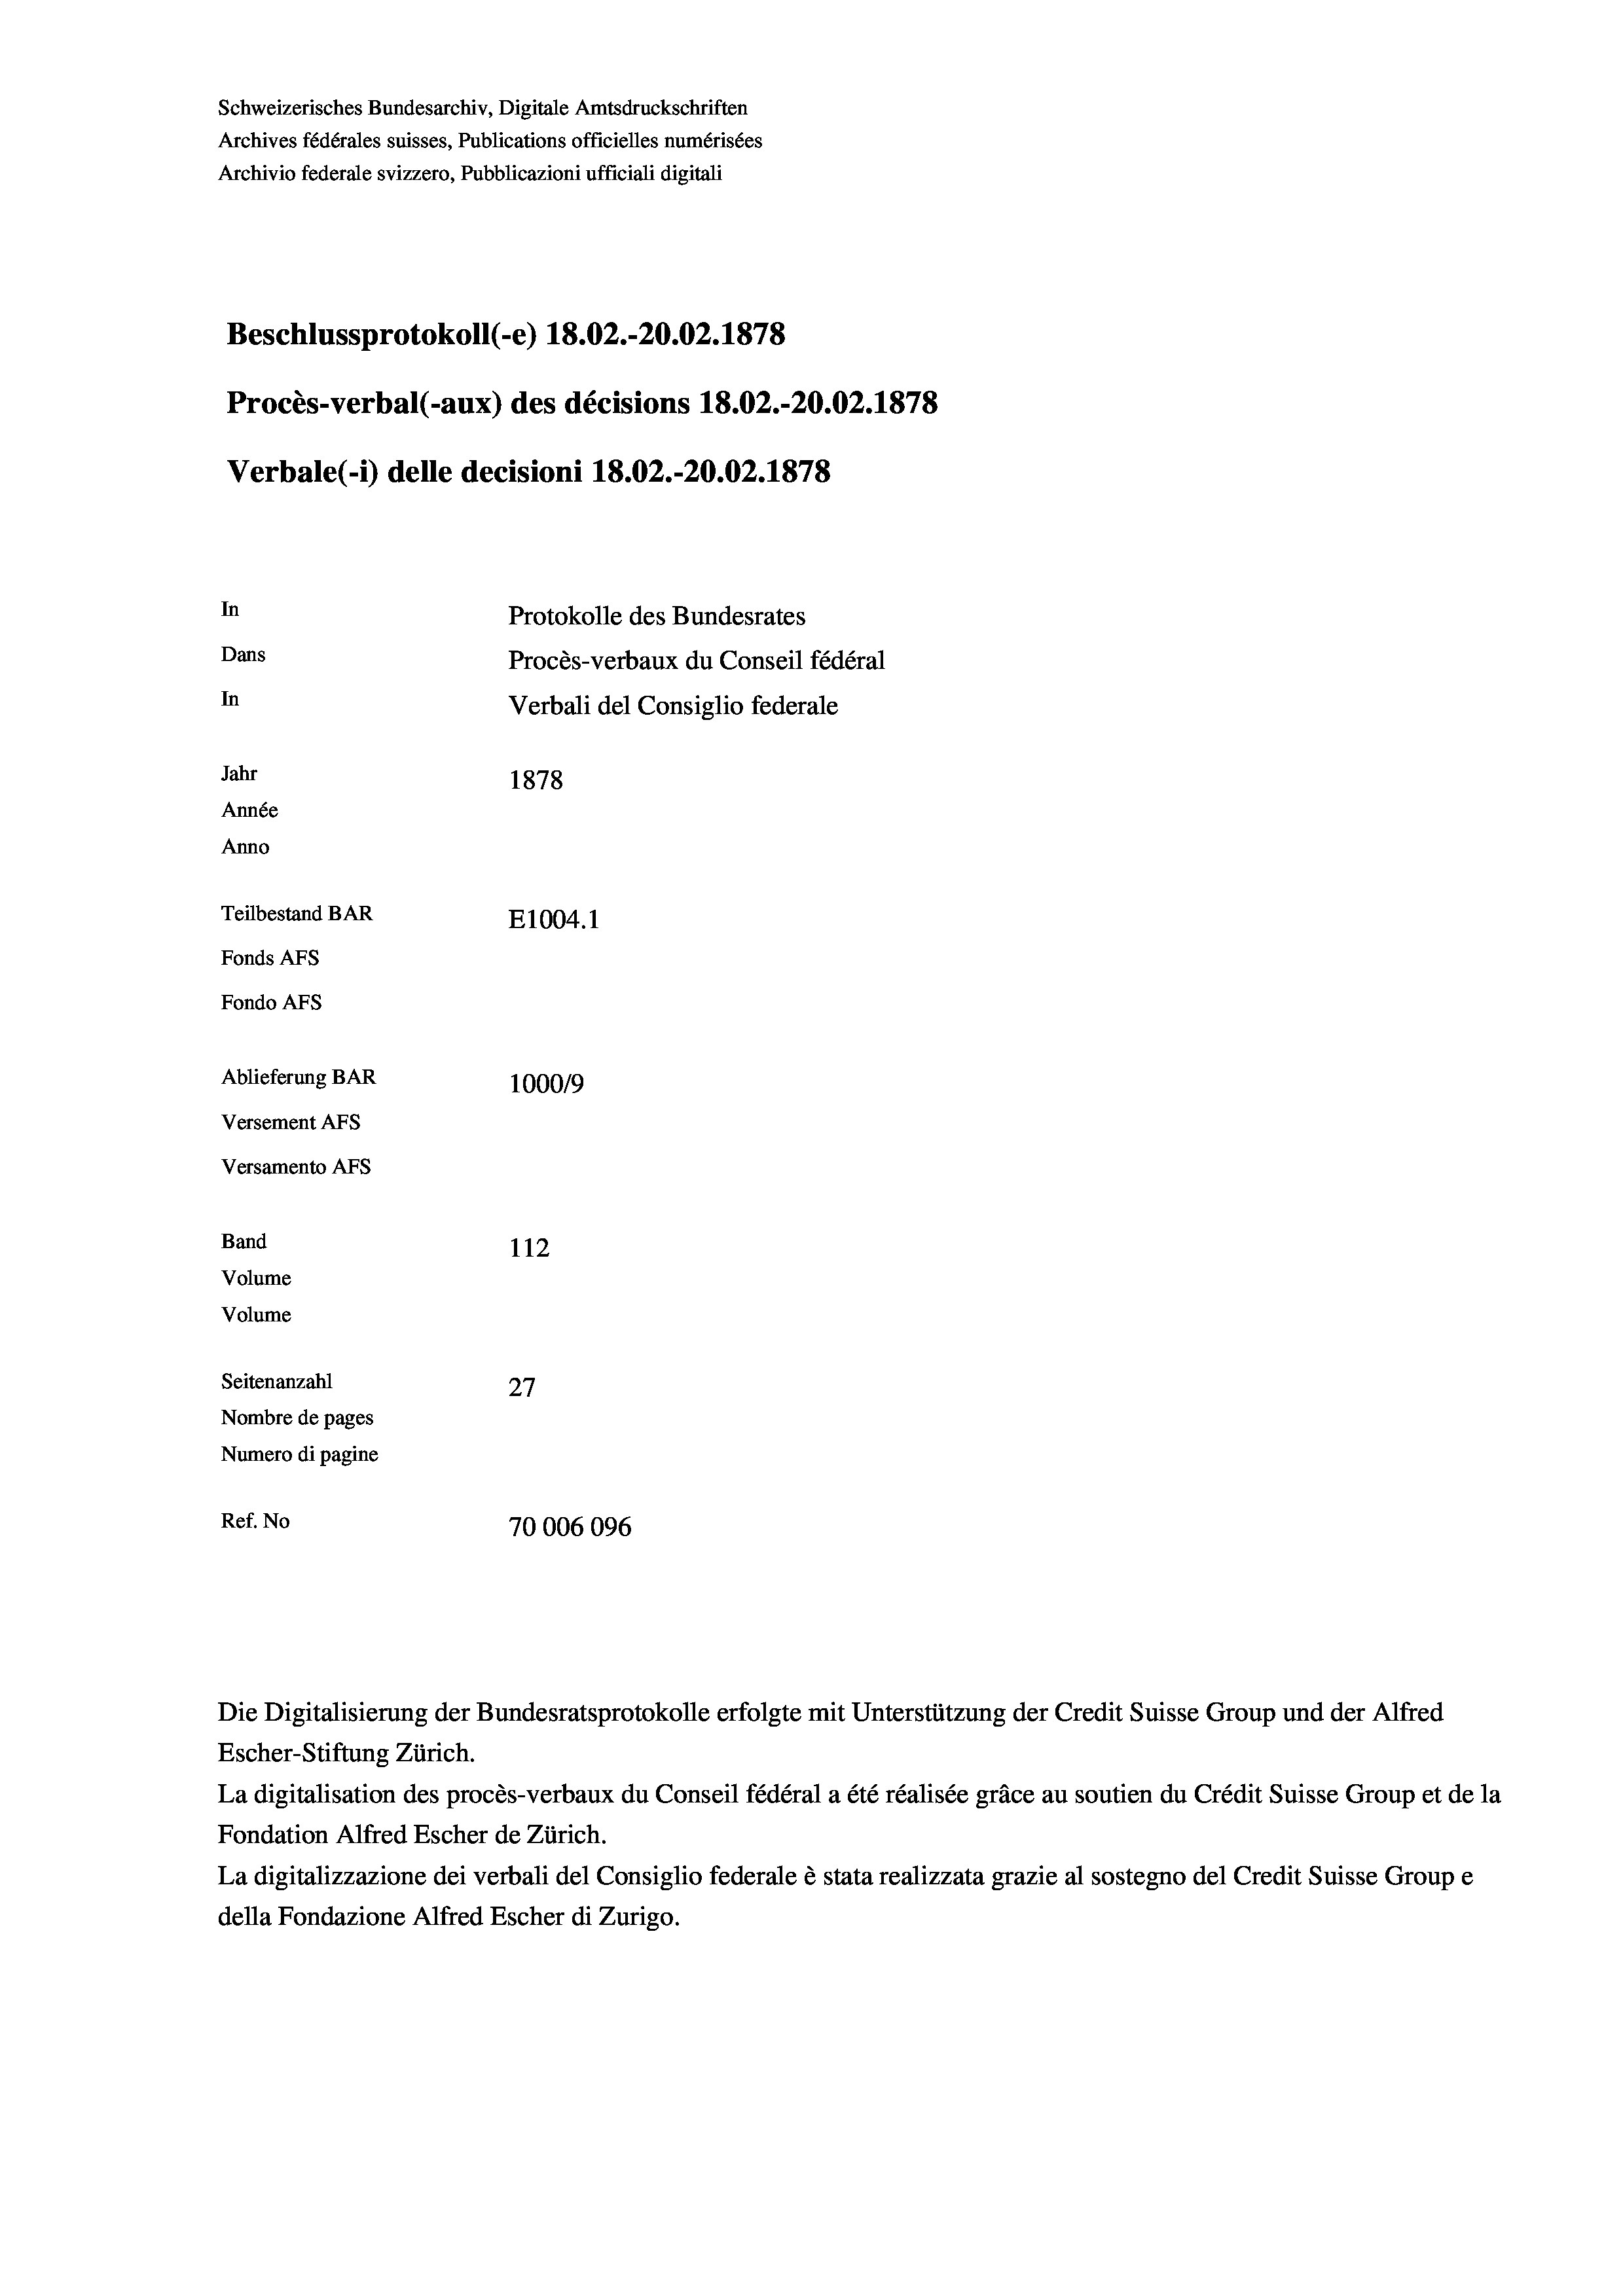
Schweizerisches Bundesarchiv, Digitale Amtsdruckschriften
Archives fédérales suisses, Publications officielles numérisées
Archivio federale svizzero, Pubblicazioni ufficiali digitali
Beschlussprotokoll (-e) 18.02.-20.02. 1878
Procès-verbal (-aux) des décisions 18.02.-20.02. 1878
Verbale (- 1) delle decisioni 18.02.-20.02. 1878
In
Protokolle des Bundesrates
Dans
Procès-verbaux du Conseil fédéral
In
Verbali del Consiglio federale
Jahr
1878
Année
Anno
Teilbestand BAR
E1004. 1
Fonds AFs
Fondo Afs
Ablieferung BAR
100019
Versement AFs
Versamento AFS
Band
112
Volume
Volume
e
Seitenanzahl
27
Nombre de pages
Numero di pagine
Ref. No
70006096

La digitalisation des procès-verbaux du Conseil fédéral a été réalisée gräce au soutien du Crédit Suisse Group et de la
Fondation Alfred Escher de Zürich.
La digitalizzazione dei verbali del Consiglio federale è stata realizzata grazie al sostegno del Credit Suisse Groupe
della Fondazione Alfred Escher di Zurigo.

Die Digitalisierung der Bundesratsprotokolle erfolgte mit Unterstützung der Credit Suisse Group und der Alfred
Escher-Stiftung Zürich.